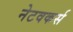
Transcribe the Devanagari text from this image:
नेटवकर्स